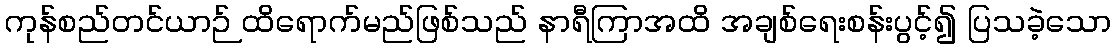
ကုန်စည်တင်ယာဉ် ထိရောက်မည်ဖြစ်သည် နာရီကြာအထိ အချစ်ရေးစန်းပွင့်၍ ပြသခဲ့သော